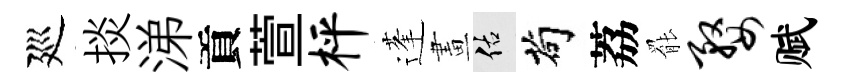
廵掞涕貢萱枰蓬畫佑茍荔罷婺赋